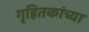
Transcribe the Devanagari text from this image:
गृहितकांच्या